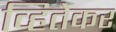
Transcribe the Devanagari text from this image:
व्हितेकर